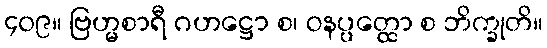
၄၀၉။ ဗြဟ္မစာရီ ဂဟဋ္ဌော စ၊ ဝနပ္ပတ္ထော စ ဘိက္ခုတိ။